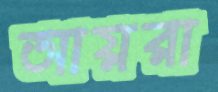
আয়রা